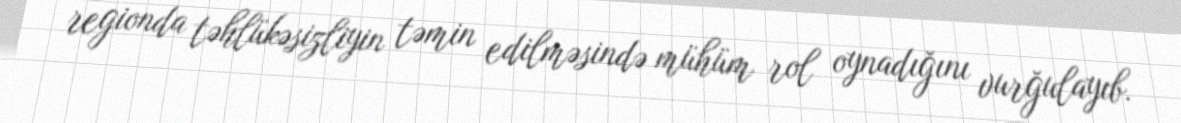
regionda təhlükəsizliyin təmin edilməsində mühüm rol oynadığını vurğulayıb.